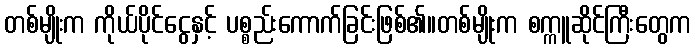
တစ်မျိုးက ကိုယ်ပိုင်ငွေနှင့် ပစ္စည်းကောက်ခြင်းဖြစ်၏။တစ်မျိုးက စက္ကူဆိုင်ကြီးတွေက